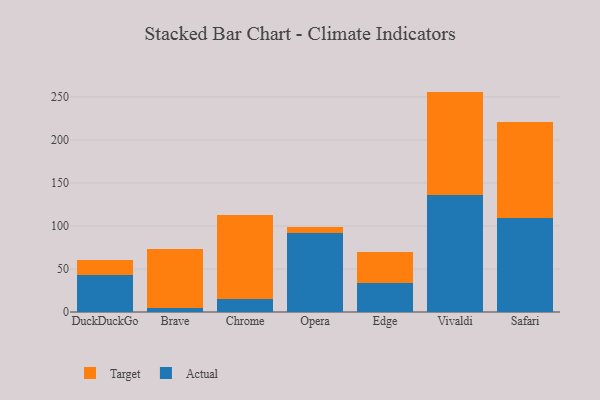
{"axis": {"x": "Browser", "y": "Customer Acquisition Cost (USD)"}, "legend": ["Actual", "Target"], "data": [{"x": "DuckDuckGo", "y": 42.9, "type": "Actual"}, {"x": "DuckDuckGo", "y": 17.7, "type": "Target"}, {"x": "Brave", "y": 5.0, "type": "Actual"}, {"x": "Brave", "y": 68.7, "type": "Target"}, {"x": "Chrome", "y": 15.1, "type": "Actual"}, {"x": "Chrome", "y": 98.1, "type": "Target"}, {"x": "Opera", "y": 92.1, "type": "Actual"}, {"x": "Opera", "y": 6.7, "type": "Target"}, {"x": "Edge", "y": 33.2, "type": "Actual"}, {"x": "Edge", "y": 37.0, "type": "Target"}, {"x": "Vivaldi", "y": 135.8, "type": "Actual"}, {"x": "Vivaldi", "y": 120.4, "type": "Target"}, {"x": "Safari", "y": 108.8, "type": "Actual"}, {"x": "Safari", "y": 111.6, "type": "Target"}]}